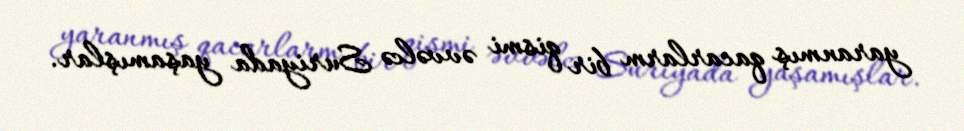
yaranmış qacarlarm bir qismi əvvəlcə Suriyada yaşamışlar.